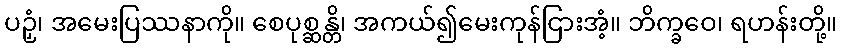
ပဉှံ၊ အမေးပြဿနာကို။ စေပုစ္ဆန္တိ၊ အကယ်၍မေးကုန်ငြားအံ့။ ဘိက္ခဝေ၊ ရဟန်းတို့။